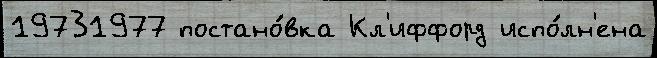
19731977 постано́вка Кл'иффорд испо́лн'ена